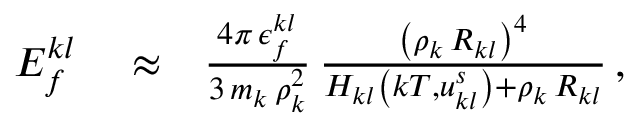
\begin{array} { r l r } { E _ { f } ^ { k l } } & { { } \approx } & { \frac { 4 \pi \, \epsilon _ { f } ^ { k l } } { 3 \, m _ { k } \, \rho _ { k } ^ { 2 } } \, \frac { \left( \rho _ { k } \, R _ { k l } \right) ^ { 4 } } { H _ { k l } \left( k T , u _ { k l } ^ { s } \right) + \rho _ { k } \, R _ { k l } } \, , } \end{array}